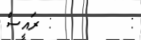
:        : ރައީސް